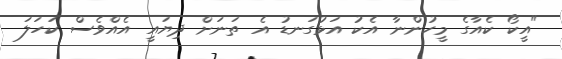
"އީކޯ ކެއާގެ މީހުންނާ އެކު އަޅުގަނޑު އެ ތަނަށް ދިޔައީ އެއްވެސް ކަހަލަ